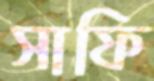
সাফি